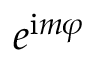
e ^ { \mathrm { i } m \varphi }